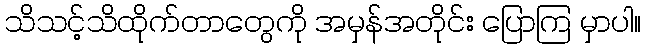
သိသင့်သိထိုက်တာတွေကို အမှန်အတိုင်း ပြောကြ မှာပါ။